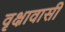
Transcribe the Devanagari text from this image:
वृक्षावासी